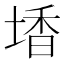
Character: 𡎟